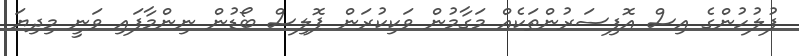
ފުލުހުންގެ އިސް އޮފިސަރުންތަކެއް މަގާމުން ވަކިކުރަން ޕޮލިސް ބޯޑުން ނިންމާފައި ވަނީ މިދިޔަ